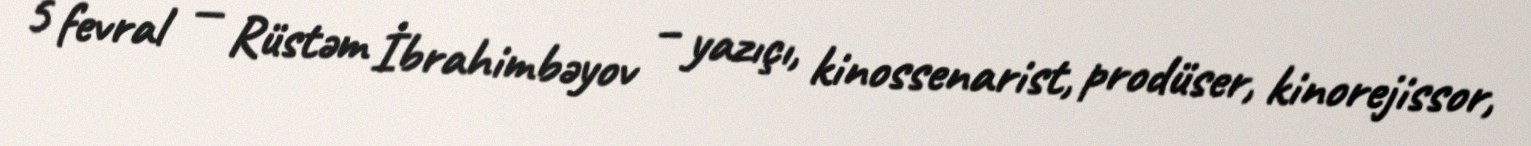
5 fevral — Rüstəm İbrahimbəyov – yazıçı, kinossenarist, prodüser, kinorejissor,